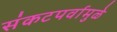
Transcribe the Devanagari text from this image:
संकटपर्वामुळे